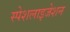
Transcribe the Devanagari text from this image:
स्पेशलाइजेशन